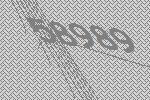
58989